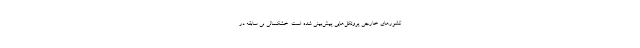
کشورهای خارجی پروتکل‌هایی پیش‌بینی شده است. خشکسالی‌ بی ‌سابقه در